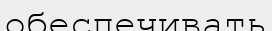
обеспечивать